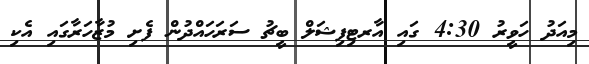
މިއަދު ހަވީރު 4:30 ގައި އާރޓިފިޝަލް ބީޗު ސަރަހައްދުން ފެށި މުޒާހަރާގައި އެކި